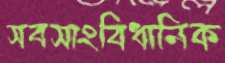
সবসাংবিধানিক